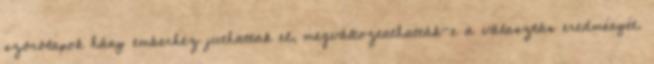
szórólapok hány emberhez juthattak el, megváltoztathatták-e a választás eredményét.